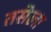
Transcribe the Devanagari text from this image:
तसेला